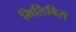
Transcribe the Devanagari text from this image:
मिलिबिस